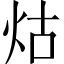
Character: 𤇌